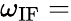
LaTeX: \omega_{\mathrm{IF}}=